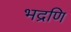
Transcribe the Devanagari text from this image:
भद्रणि